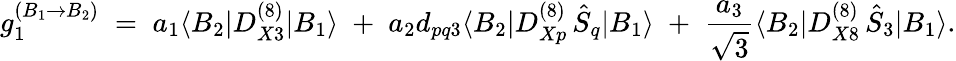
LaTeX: g_{1}^{(B_{1}\rightarrow B_{2})}\; =\; a_{1}\langle B_{2}|D_{X3}^{(8)}|B_{1}\rangle\; +\; a_{2}d_{pq3}\langle B_{2}|D_{Xp}^{(8)}\, \hat{S}_{q}|B_{1}\rangle\; +\; \frac{a_{3}}{\sqrt{3}}\langle B_{2}|D_{X8}^{(8)}\, \hat{S}_{3}|B_{1}\rangle.